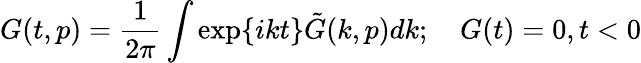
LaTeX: G(t,p)=\frac{1}{2\pi}\int\exp\{ ikt\} \tilde{G}(k,p)dk;\quad G(t)=0,t<0